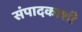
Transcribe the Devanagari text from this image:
संपादकाशी